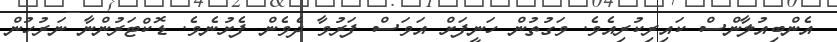
އެންބިއުލާންސް ކައިރިކުރިއެވެ. ވަގުތުން ހަނީފަށް އަވަސް ފަރުވާ ދެވެން ފެށުނެވެ. ޑޮކްޓަރުންނާ ނަރުހުން